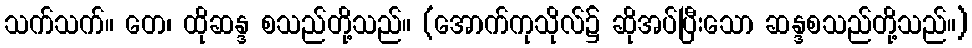
သက်သက်။ တေ၊ ထိုဆန္ဒ စသည်တို့သည်။ (အောက်ကုသိုလ်၌ ဆိုအပ်ပြီးသော ဆန္ဒစသည်တို့သည်။)